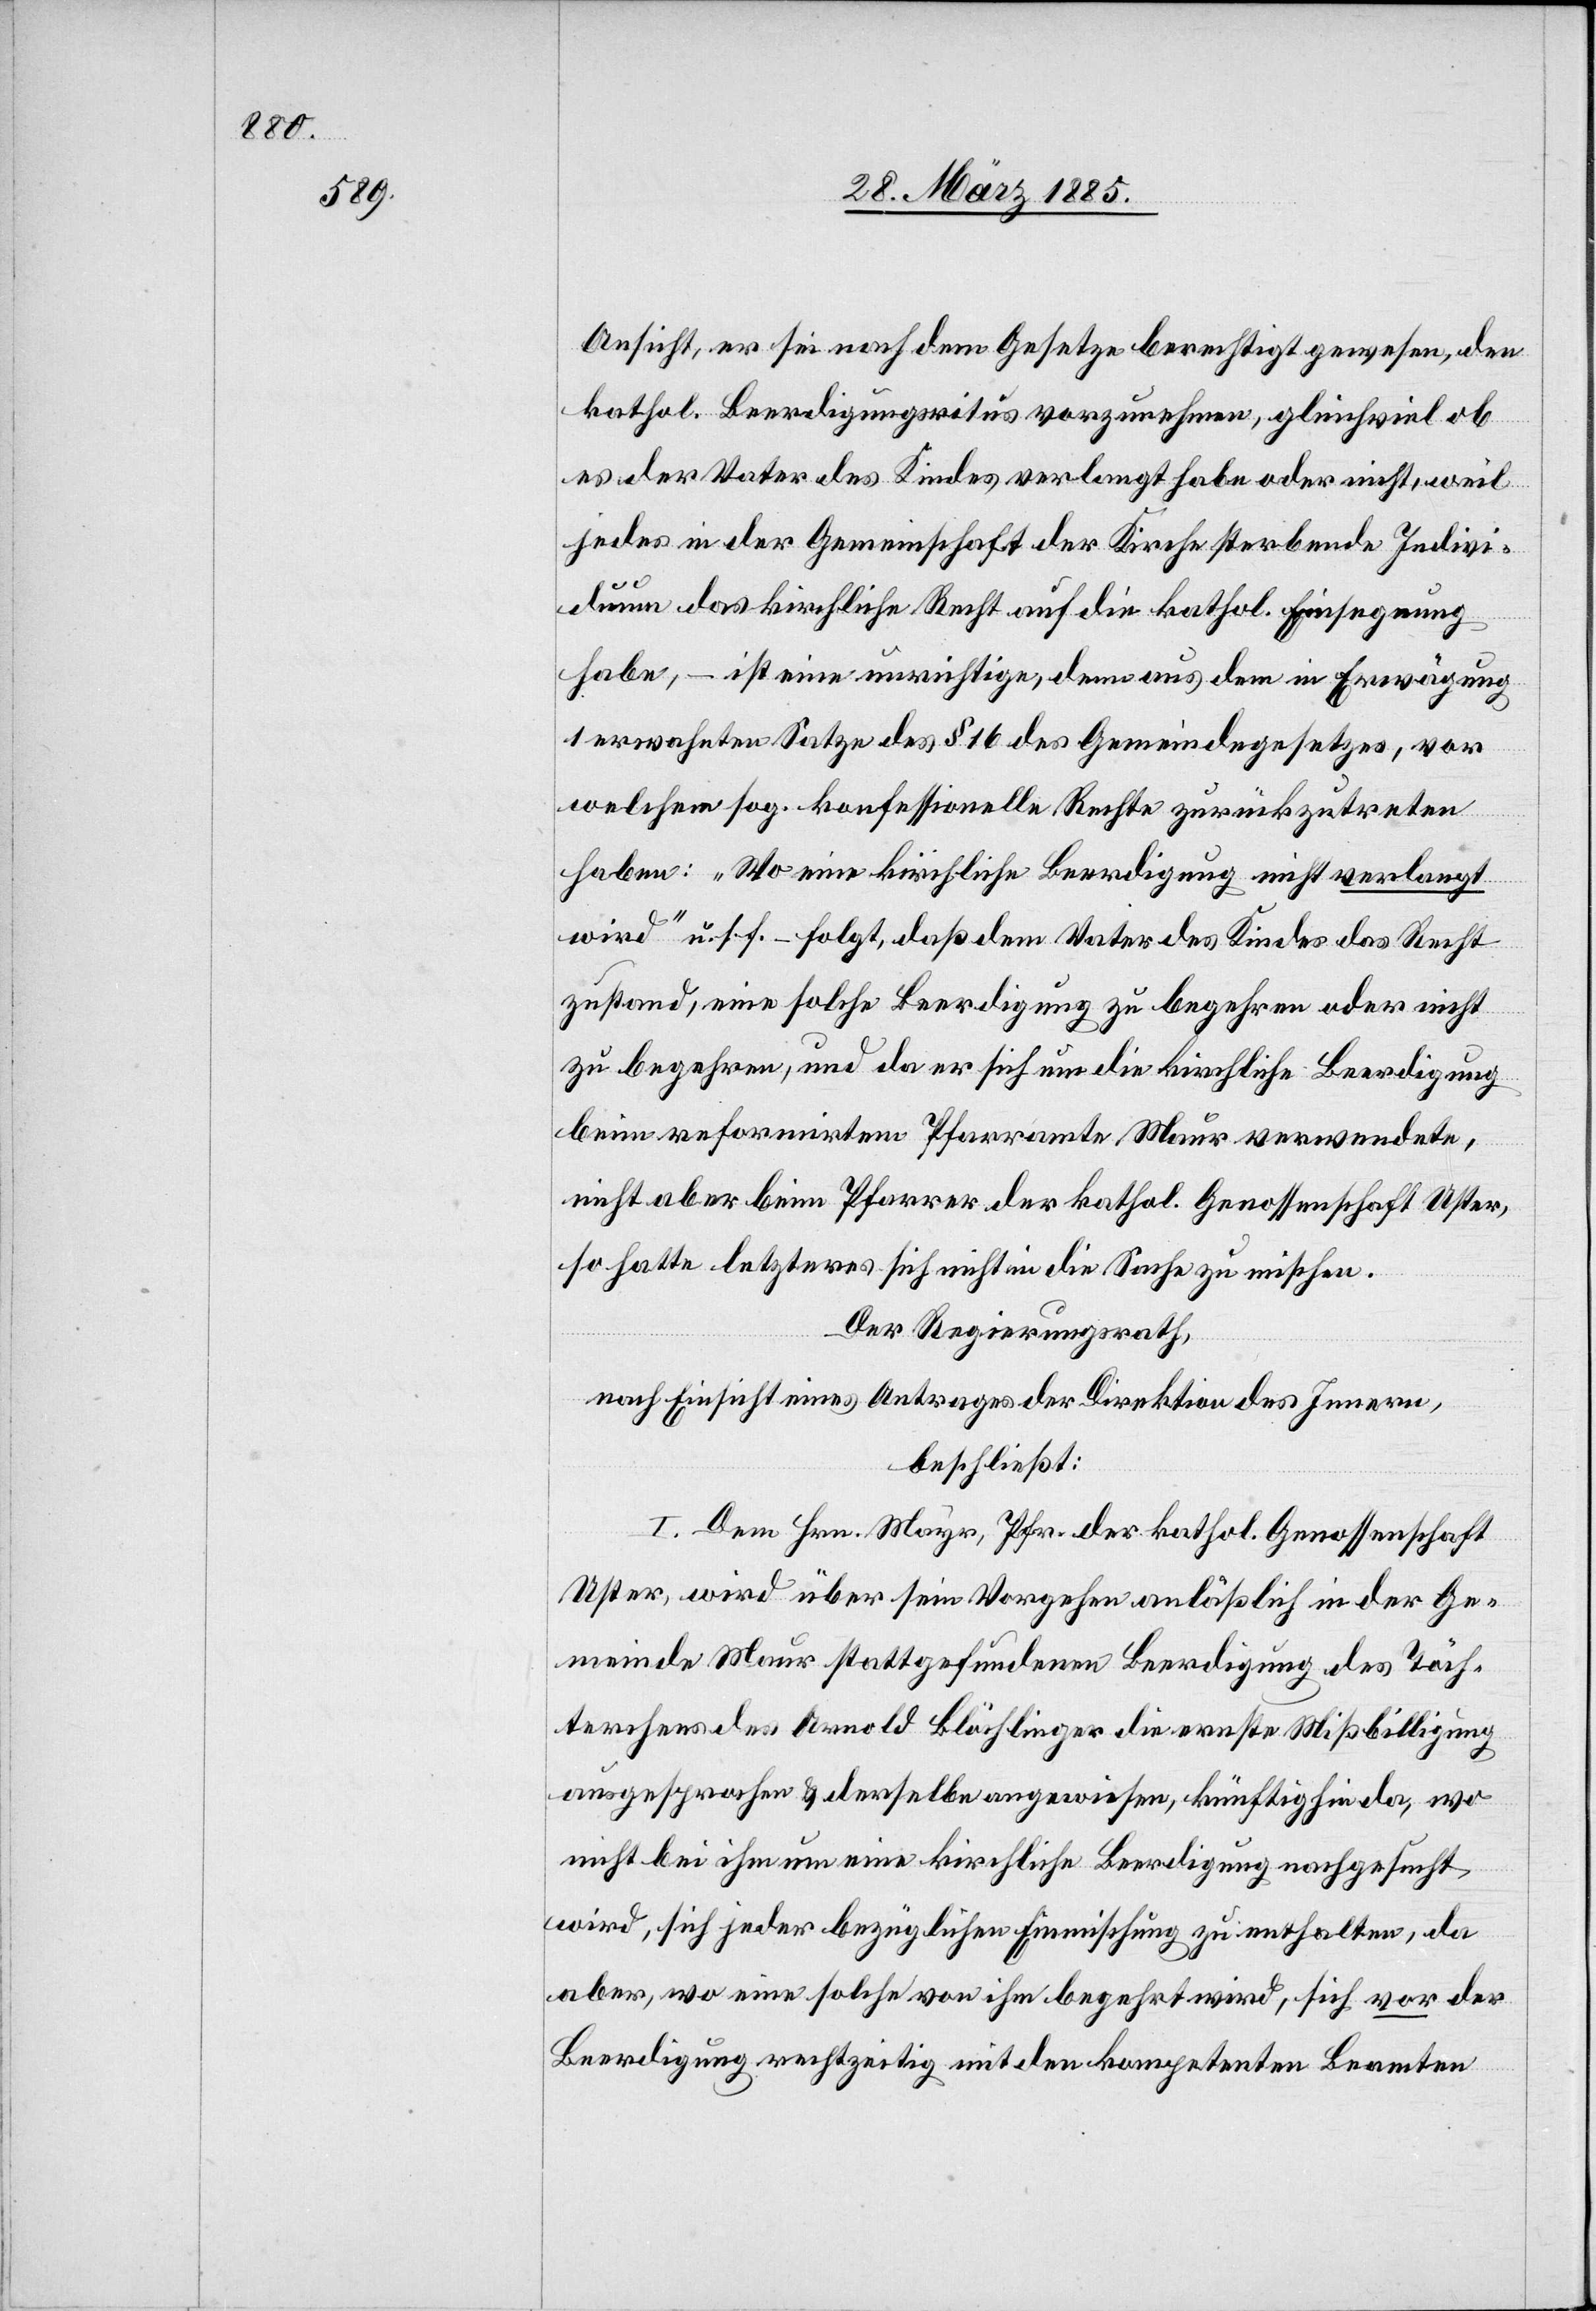
Ansicht, er sei nach dem Gesetze berechtigt gewesen, den
kathol. Beerdigungsritus vorzunehmen, gleichviel ob
es der Vater des Kindes verlangt habe oder nicht, weil
jedes in der Gemeinschaft der Kirche sterbende Indivi¬
duum das kirchliche Recht auf die kathol. Einsegnung
habe, – ist eine unrichtige, denn aus dem in Erwägung
1 erwahnten [sic!] Satze des § 16 des Gemeindegesetzes, vor
welchem sog. konfessionelle Rechte zurückzutreten
haben: „Wo eine kirchliche Beerdigung nicht verlangt
wird“ u. s. f. – folgt, daß dem Vater des Kindes das Recht
zustand, eine solche Beerdigung zu begehren oder nicht
zu begehren, und da er sich um die kirchliche Beerdigung
beim reformirten Pfarramte Maur verwendete,
nicht aber beim Pfarrer der kathol. Genossenschaft Uster,
so hatte letzteres sich nicht in die Sache zu mischen.
Der Regierungsrath,
nach Einsicht eines Antrages der Direktion des Innern,
beschließt:
I. Dem Hrn. Mayr, Pfr. der kathol. Genossenschaft
Uster, wird über sein Vorgehen anläßlich in der Ge¬
meinde Maur stattgefundenen Beerdigung des Töch¬
terchens des Arnold Blöchlinger die ernste Mißbilligung
ausgesprochen & derselbe angewiesen, künftighin da, wo
nicht bei ihm um eine kirchliche Beerdigung nachgesucht
wird, sich jeder bezüglichen Einmischung zu enthalten, da
aber, wo eine solche von ihm begehrt wird, sich vor der
Beerdigung rechtzeitig mit den kompetenten Beamten